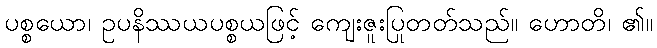
ပစ္စယော၊ ဥပနိဿယပစ္စယဖြင့် ကျေးဇူးပြုတတ်သည်။ ဟောတိ၊ ၏။